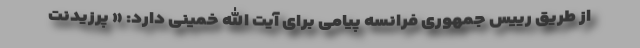
از طریق رییس جمهوری فرانسه پیامی برای آیت الله خمینی دارد: « پرزیدنت